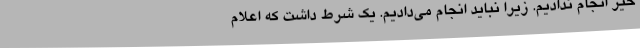
خیر انجام ندادیم. زیرا نباید انجام می‌دادیم. یک شرط داشت که اعلام